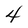
Character: 4